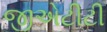
જીએટીટી